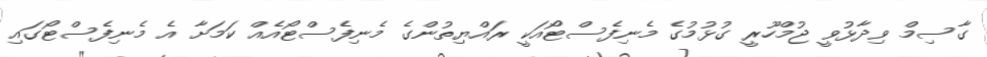
ގާސިމް ވިދާޅުވީ ޖުމްހޫރީ ގުޅުމުގެ މެނިފެސްޓޯއަކީ ރައްޔިތުންގެ މެނިފެސްޓޯއެއް ކަމަށާ އެ މެނިފެސްޓޯގައި